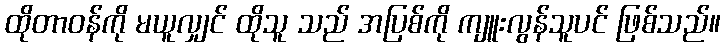
ထိုတာဝန်ကို မယူလျှင် ထိုသူ သည် အပြစ်ကို ကျူးလွန်သူပင် ဖြစ်သည်။